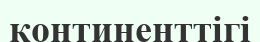
континенттігі